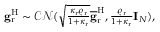
\begin{array} { r } { \mathbf { g } _ { \mathrm { r } } ^ { \mathrm { H } } \sim \mathcal { C N } ( \sqrt { \frac { \kappa _ { \mathrm { r } } \varrho _ { \mathrm { r } } } { 1 + \kappa _ { \mathrm { r } } } } \overline { { \mathbf { g } } } _ { \mathrm { r } } ^ { \mathrm { H } } , \frac { \varrho _ { \mathrm { r } } } { 1 + \kappa _ { \mathrm { r } } } \mathbf { I } _ { N } ) , } \end{array}